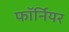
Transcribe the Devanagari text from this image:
फॉर्नियर